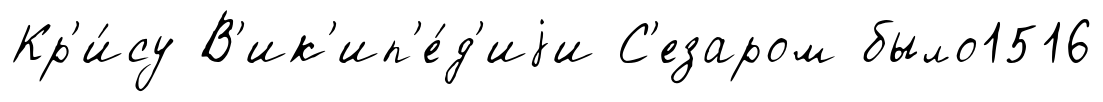
Кр'и́су В'ик'ип'е́д'иjи С'езаром было1516